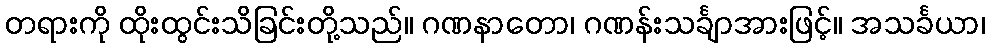
တရားကို ထိုးထွင်းသိခြင်းတို့သည်။ ဂဏနာတော၊ ဂဏန်းသင်္ချာအားဖြင့်။ အသင်္ခယာ၊